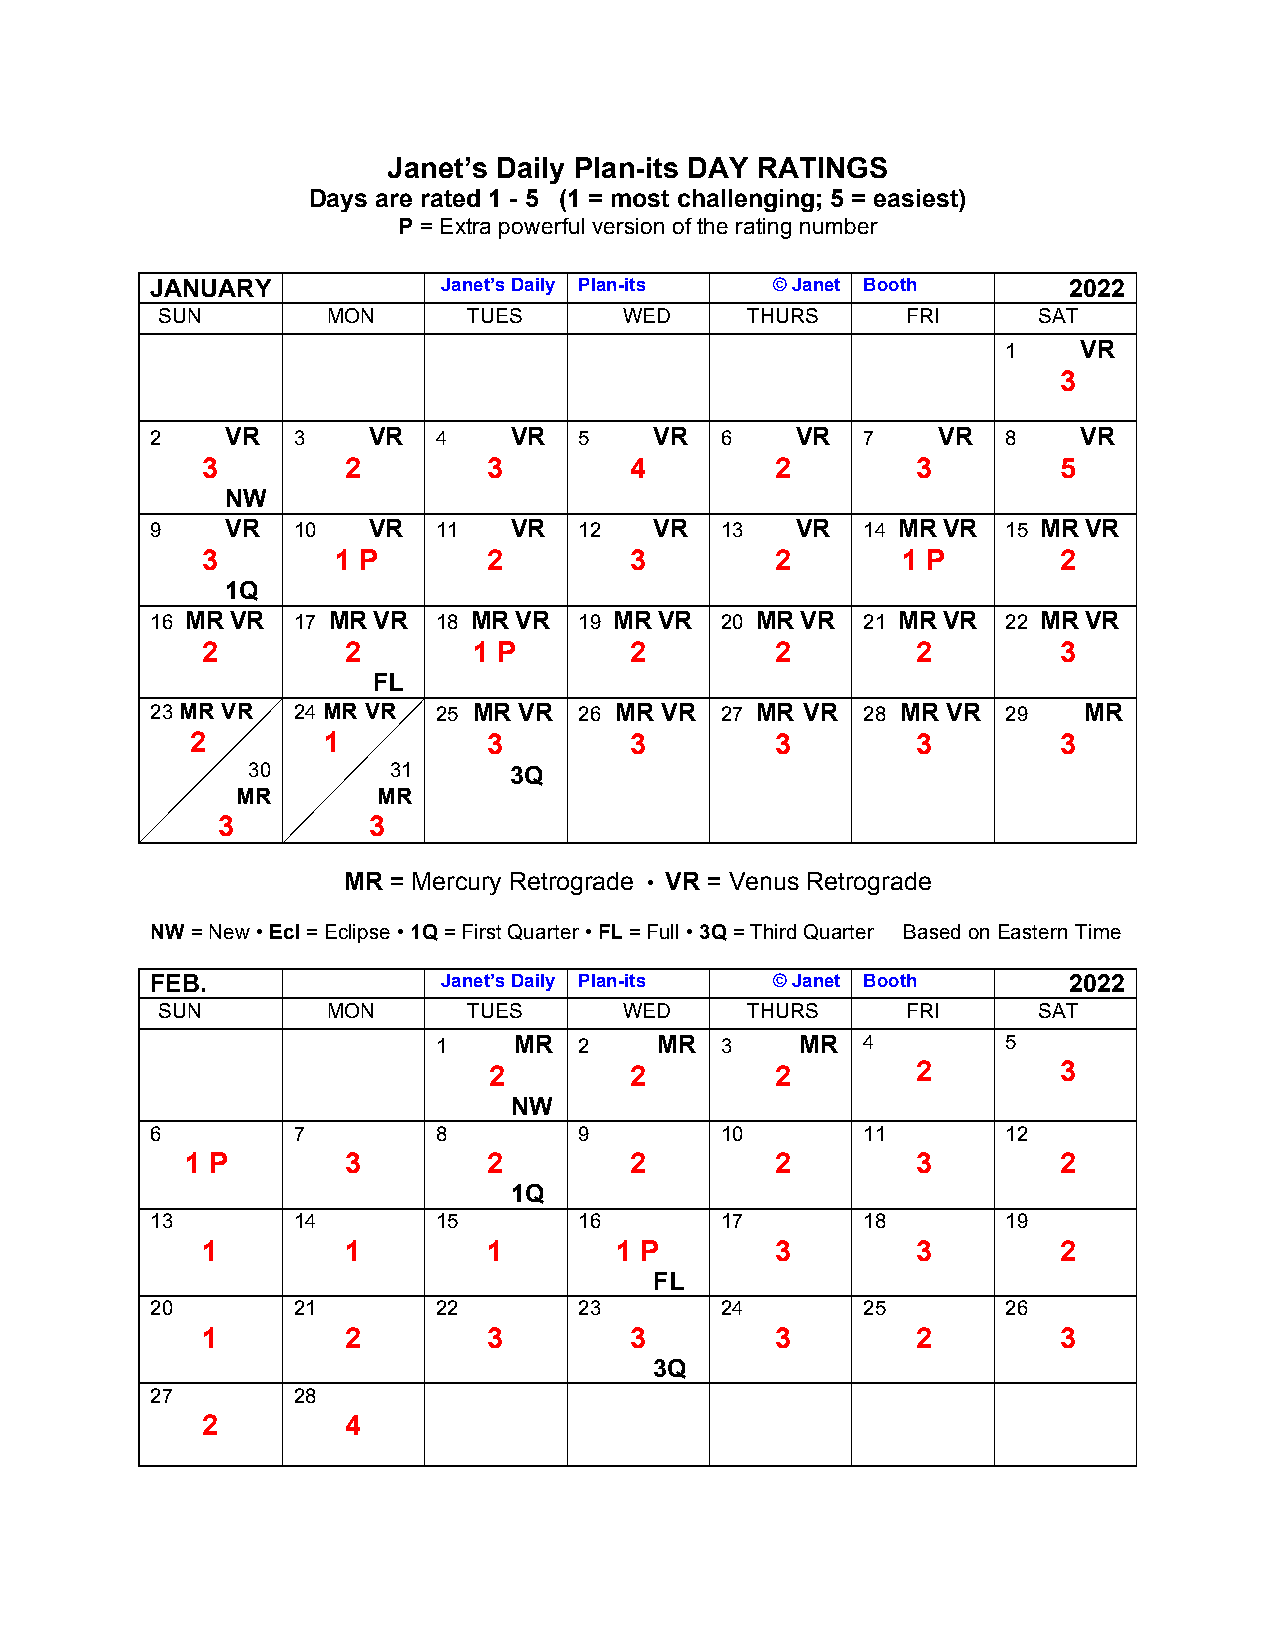
Janet’s Daily Plan-its DAY RATINGS
 Days are rated 1 - 5 (1 = most challenging; 5 = easiest)
 P = Extra powerful version of the rating number
 JANUARY            Janet’s Daily Plan-its © Janet Booth      2022
 SUN         MON      TUES      WED     THURS      FRI      SAT
 1    VR
 3
 2    VR  3    VR   4    VR  5    VR   6    VR  7    VR   8    VR
 3         2        3         4        2         3        5
 NW
 9    VR  10   VR   11   VR  12   VR   13   VR  14 MR VR  15 MR VR
 3        1 P       2         3        2        1 P       2
 1Q
 16 MR VR 17 MR VR  18 MR VR 19 MR VR  20 MR VR 21 MR VR  22 MR VR
 2         2       1 P        2        2         2        3
 FL
 23 MR VR 24 MR VR  25 MR VR 26 MR VR  27 MR VR 28 MR VR  29   MR
 2       1          3         3        3         3        3
 30        31      3Q
 MR       MR
 3         3
 MR = Mercury Retrograde • VR = Venus Retrograde
 NW = New • Ecl = Eclipse • 1Q = First Quarter • FL = Full • 3Q = Third Quarter Based on Eastern Time
 FEB.               Janet’s Daily Plan-its © Janet Booth      2022
 SUN         MON      TUES      WED     THURS      FRI      SAT
 1    MR  2    MR   3    MR  4         5
 2         2        2         2        3
 NW
 6        7         8        9         10       11        12
 1 P        3        2         2        2         3        2
 1Q
 13       14        15       16        17       18        19
 1         1        1        1 P       3         3        2
 FL
 20       21        22       23        24       25        26
 1         2        3         3        3         2        3
 3Q
 27       28
 2         4